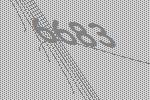
6683